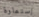
إستمارة